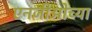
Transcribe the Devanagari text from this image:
एनजीओच्या